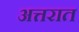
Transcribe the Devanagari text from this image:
अत्तरात